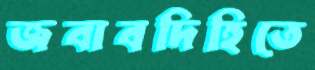
জবাবদিহিতে